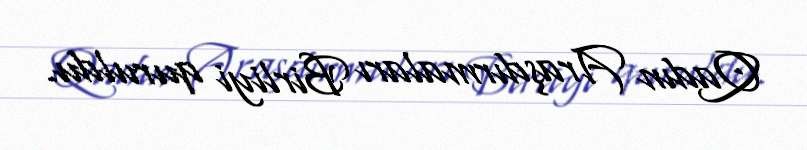
Qadın Araşdırmaları Birliyi quruldu.